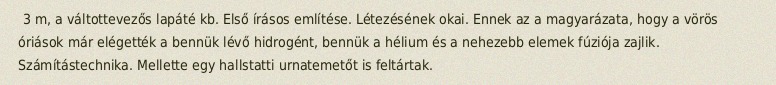
3 m, a váltottevezős lapáté kb. Első írásos említése. Létezésének okai. Ennek az a magyarázata, hogy a vörös óriások már elégették a bennük lévő hidrogént, bennük a hélium és a nehezebb elemek fúziója zajlik. Számítástechnika. Mellette egy hallstatti urnatemetőt is feltártak.